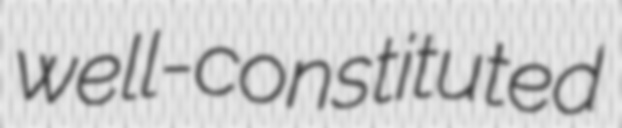
well-constituted